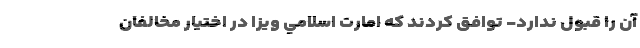
آن را قبول ندارد- توافق كردند كه امارت اسلامي ويزا در اختيار مخالفان